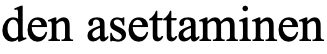
den asettaminen